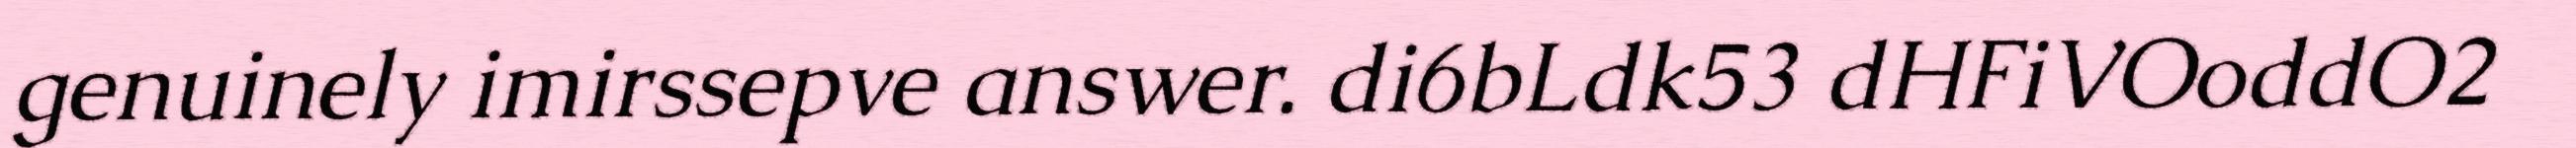
genuinely imirssepve answer. di6bLdk53 dHFiVOoddO2